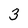
Character: 3